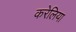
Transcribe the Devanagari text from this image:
करेलिया